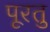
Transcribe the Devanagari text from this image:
पूरतु